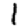
Digit: 1